system: You are a helpful assistant.
user:
Analyze the provided spectrum to determine if it is a **S-type Star**.

- **Key Indicators for S-type Star:**

    - **(Overall Spectrum Shape):** The first and most obvious characteristic is the overall continuum (the "baseline" shape). It is **extremely "red-sloping,"** meaning the flux (light intensity) is very low on the left side (blue, ~4000-4500 Å) and rises steeply and continuously toward the right side (red, ~7000 Å+).

    - **(Primary):** The spectrum is defined by the presence of strong, broad molecular absorption "valleys" (bands) from **Zirconium Oxide (ZrO)**. The identification of these bands is the **primary requirement** for classifying a star as S-type.
        - **(Key Bandheads):** You must find distinct, deep "dips" where the light has been absorbed. The most critical band systems to locate are:
            - **~6474 Å** ($\gamma$-system): This is often the strongest and clearest ZrO feature, found in the red part of the spectrum.
            - **~5718 Å** & **~5551 Å** ($\beta$-system): A pair of prominent absorption features in the yellow-orange part of the spectrum.
            - **~4640 Å** ($\alpha$-system): A key absorption band system in the blue-green region of the spectrum.

    - **(Secondary Confirmation):** The classification is strengthened by finding additional absorption bands from other related heavy element oxides, which are expected to be present alongside ZrO.
        - **(Key Bandheads):**
            - **Yttrium Oxide (YO):** Look for absorption dips near **~4800 Å** and **~6100 Å**.
            - **Lanthanum Oxide (LaO):** Additional absorption features, particularly in the red-orange part of the spectrum, are also characteristic.

    - **(Line Profile):** The combination of the steep red continuum and these numerous, deep molecular bands (ZrO, YO, etc.) gives the entire spectrum a very **"chopped-up"** or **"bumpy"** appearance. Instead of a smooth curve, the spectrum looks as though large, wide chunks of light have been "carved out" of it at the specific wavelengths listed above.

Think first, call **spectral_visualization_tool** if needed to examine features in detail, then provide your final answer. Your response must adhere to the following strict rules:
1.  **Overall Structure:** Your response must follow the format `<think>...</think> <tool_call>...</tool_call> (if a tool is used) <answer>...</answer>`.
2.  **Tool Usage Constraint:** You may only make **one** tool call per turn.
3.  **Final Answer Format:** In the `<answer>` tag, your conclusion must be inside a `\boxed{}` command (e.g., `\boxed{YES}` or `\boxed{NO}`), followed by your justification.

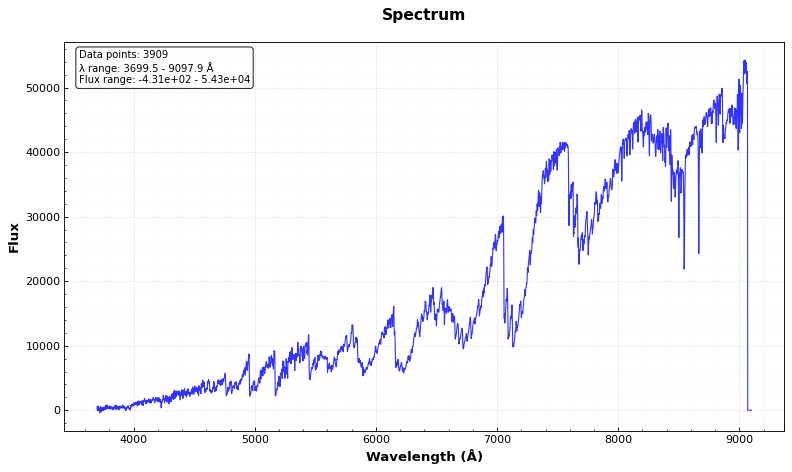
Answer: YES